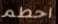
احطم